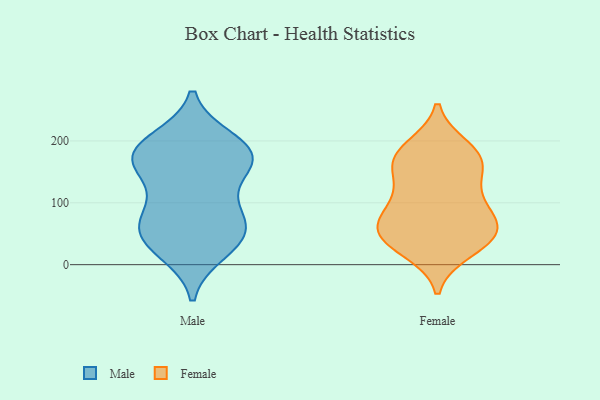
{"axis": {"x": "Tickets Resolved", "y": "Value"}, "legend": ["Female", "Male"], "data": [{"x": "", "y": 38, "type": "Male"}, {"x": "", "y": 184, "type": "Male"}, {"x": "", "y": 45, "type": "Male"}, {"x": "", "y": 92, "type": "Male"}, {"x": "", "y": 56, "type": "Male"}, {"x": "", "y": 171, "type": "Male"}, {"x": "", "y": 174, "type": "Male"}, {"x": "", "y": 199, "type": "Male"}, {"x": "", "y": 88, "type": "Male"}, {"x": "", "y": 157, "type": "Male"}, {"x": "", "y": 61, "type": "Male"}, {"x": "", "y": 186, "type": "Male"}, {"x": "", "y": 162, "type": "Male"}, {"x": "", "y": 23, "type": "Male"}, {"x": "", "y": 52, "type": "Female"}, {"x": "", "y": 87, "type": "Female"}, {"x": "", "y": 188, "type": "Female"}, {"x": "", "y": 120, "type": "Female"}, {"x": "", "y": 110, "type": "Female"}, {"x": "", "y": 43, "type": "Female"}, {"x": "", "y": 41, "type": "Female"}, {"x": "", "y": 63, "type": "Female"}, {"x": "", "y": 171, "type": "Female"}, {"x": "", "y": 175, "type": "Female"}, {"x": "", "y": 48, "type": "Female"}, {"x": "", "y": 24, "type": "Female"}, {"x": "", "y": 166, "type": "Female"}, {"x": "", "y": 162, "type": "Female"}, {"x": "", "y": 75, "type": "Female"}]}